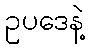
ဥပဒေနဲ့